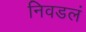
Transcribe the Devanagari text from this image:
निवडलं